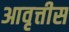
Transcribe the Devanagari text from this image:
आवृत्तीस